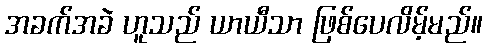
အခက်အခဲ ဟူသည် ယာယီသာ ဖြစ်ပေလိမ့်မည်။